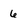
Character: 6